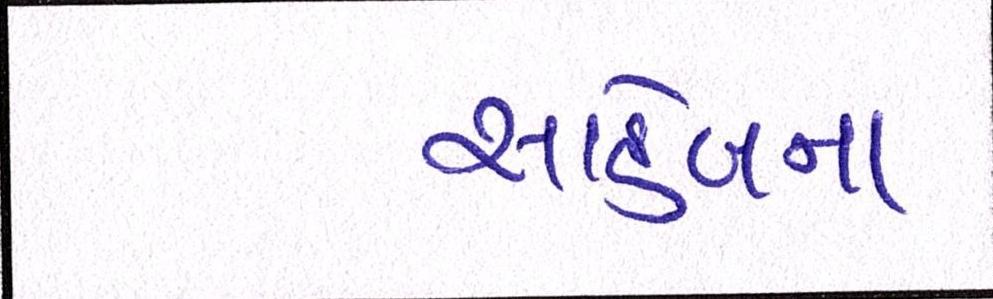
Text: સાહેબના